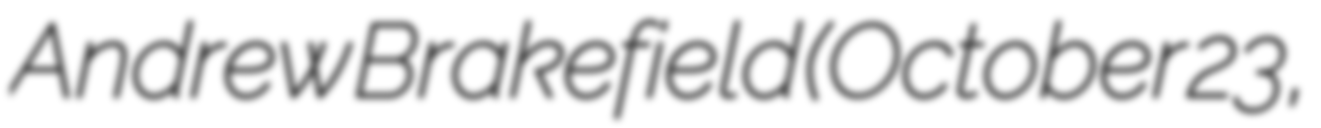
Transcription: Andrew Brakefield (October 23,